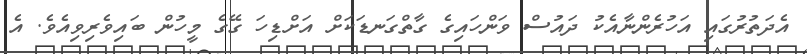
އެދަތުރުގައި އަހުރެންނާއެކު ދައުސް ވަންހައިގެ ގާތްގަނޑަކަށް އަށްޑިހަ ގޭގެ މީހުން ބައިވެރިވިއެވެ. އެ